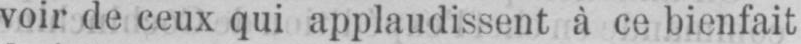
voir de ceux qui applaudissent à ce bienfait